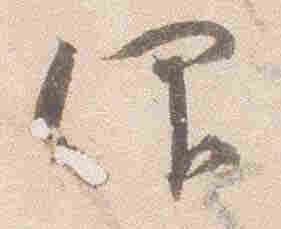
仰